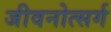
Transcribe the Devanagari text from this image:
जीवनोत्सर्ग